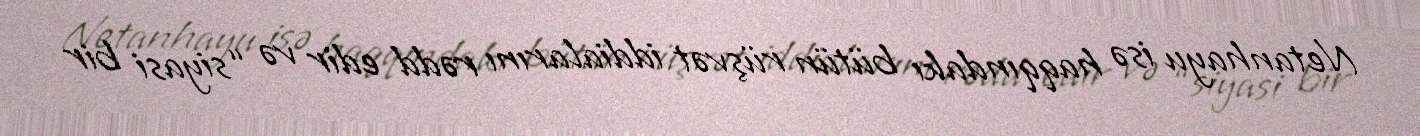
Netanhayu isə haqqındakı bütün rüşvət iddialarını rədd edir və “siyasi bir